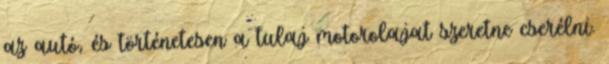
az autó, és történetesen a tulaj motorolajat szeretne cserélni.